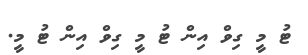
ޓު މީ ގިވް އިން ޓު މީ ގިވް އިން ޓު މީ.